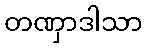
တဏှာဒါသာ